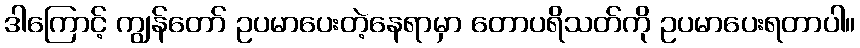
ဒါကြောင့် ကျွန်တော် ဥပမာပေးတဲ့နေရာမှာ တောပရိသတ်ကို ဥပမာပေးရတာပါ။